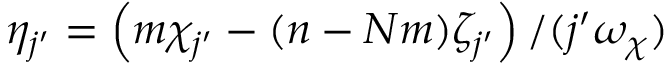
\eta _ { j ^ { \prime } } = \left( m \chi _ { j ^ { \prime } } - ( n - N m ) \zeta _ { j ^ { \prime } } \right) / ( j ^ { \prime } \omega _ { \chi } )